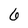
Character: 6